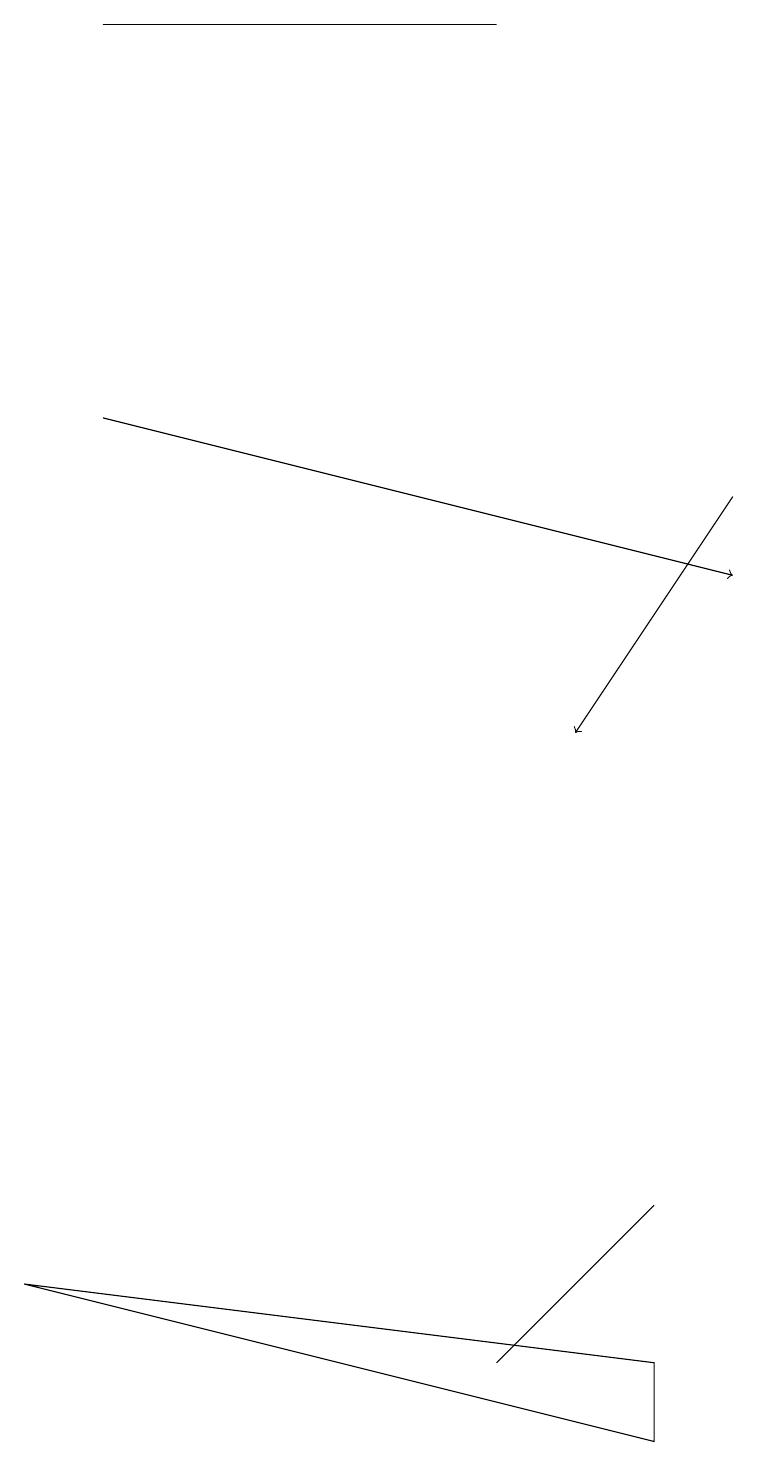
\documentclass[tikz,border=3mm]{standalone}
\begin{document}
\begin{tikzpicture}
\draw (1,19) rectangle (6,19);
\draw (8,2) -- (8,1) -- (0,3) -- cycle;
\draw (6,2) -- (8,4) -- (7,3) -- cycle;
\draw[->] (1,14) -- (9,12);
\draw[->] (9,13) -- (7,10);
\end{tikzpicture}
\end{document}